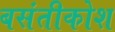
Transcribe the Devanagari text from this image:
बसंतीकोश